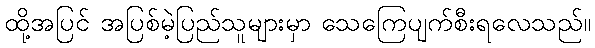
ထို့အပြင် အပြစ်မဲ့ပြည်သူများမှာ သေကြေပျက်စီးရလေသည်။